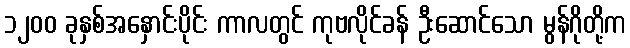
၁၂၀၀ ခုနှစ်အနှောင်းပိုင်း ကာလတွင် ကုဗလိုင်ခန် ဦးဆောင်သော မွန်ဂိုတို့က